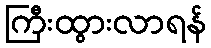
ကြီးထွားလာရန်